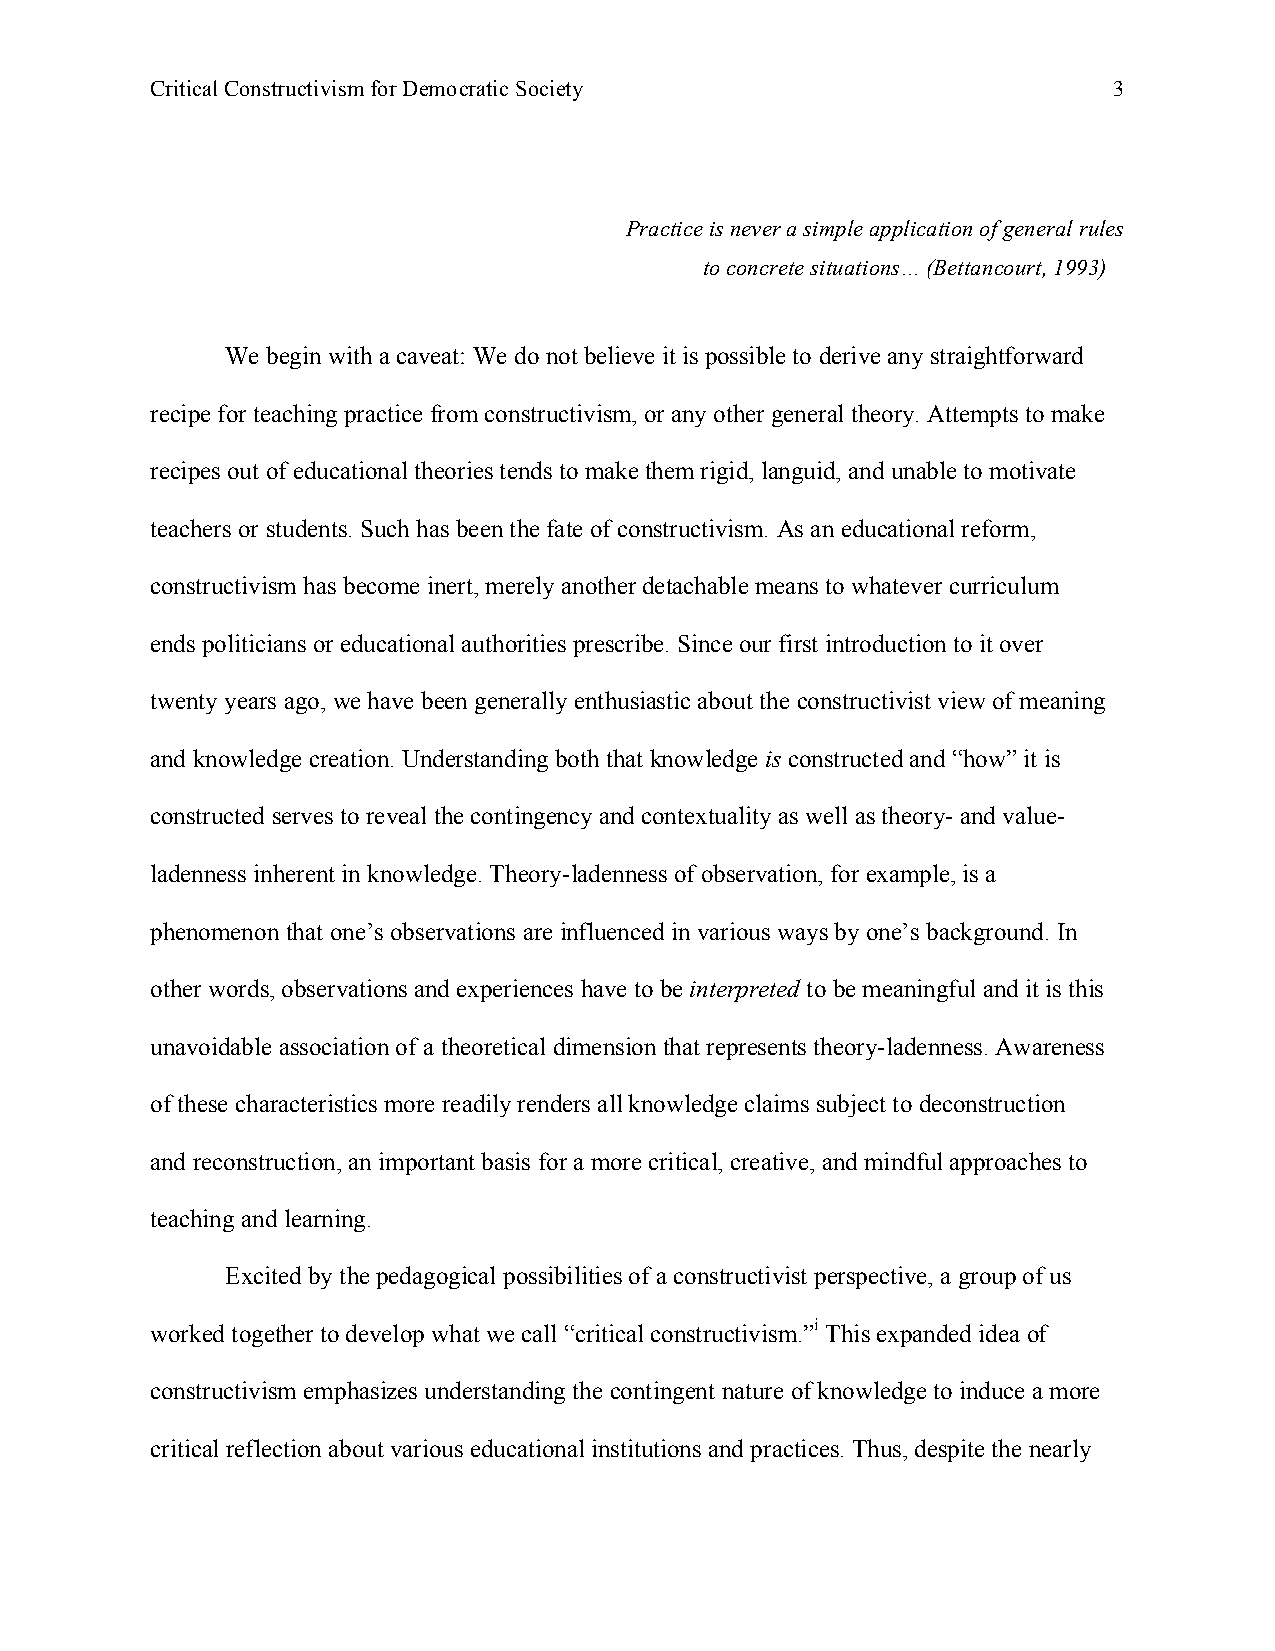
Critical Constructivism for Democratic Society                  3
 Practice is never a simple application of general rules
 to concrete situations… (Bettancourt, 1993)
 We begin with a caveat: We do not believe it is possible to derive any straightforward
 recipe for teaching practice from constructivism, or any other general theory. Attempts to make
 recipes out of educational theories tends to make them rigid, languid, and unable to motivate
 teachers or students. Such has been the fate of constructivism. As an educational reform,
 constructivism has become inert, merely another detachable means to whatever curriculum
 ends politicians or educational authorities prescribe. Since our first introduction to it over
 twenty years ago, we have been generally enthusiastic about the constructivist view of meaning
 and knowledge creation. Understanding both that knowledge is constructed and “how” it is
 constructed serves to reveal the contingency and contextuality as well as theory- and value-
 ladenness inherent in knowledge. Theory-ladenness of observation, for example, is a
 phenomenon that one’s observations are influenced in various ways by one’s background. In
 other words, observations and experiences have to be interpreted to be meaningful and it is this
 unavoidable association of a theoretical dimension that represents theory-ladenness. Awareness
 of these characteristics more readily renders all knowledge claims subject to deconstruction
 and reconstruction, an important basis for a more critical, creative, and mindful approaches to
 teaching and learning.
 Excited by the pedagogical possibilities of a constructivist perspective, a group of us
 worked together to develop what we call “critical constructivism.”i This expanded idea of
 constructivism emphasizes understanding the contingent nature of knowledge to induce a more
 critical reflection about various educational institutions and practices. Thus, despite the nearly